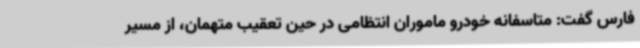
فارس گفت: متاسفانه خودرو ماموران انتظامی در حین تعقیب متهمان، از مسیر